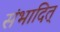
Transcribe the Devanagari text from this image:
संभादित्